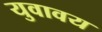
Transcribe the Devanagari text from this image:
युवावय